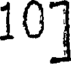
10]